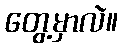
တွေ့မှာလဲ။